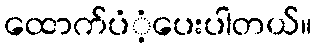
ထောက်ပံံ့ပေးပါတယ်။